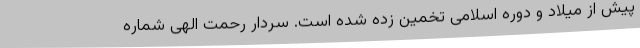
پیش از میلاد و دوره اسلامی تخمین زده شده است. سردار رحمت الهی شماره